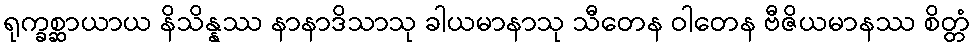
ရုက္ခစ္ဆာယာယ နိသိန္နဿ နာနာဒိသာသု ခါယမာနာသု သီတေန ဝါတေန ဗီဇိယမာနဿ စိတ္တံ